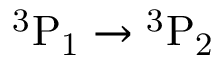
\mathrm { { } ^ { 3 } P _ { 1 } \rightarrow { } ^ { 3 } P _ { 2 } }